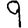
Digit: 9